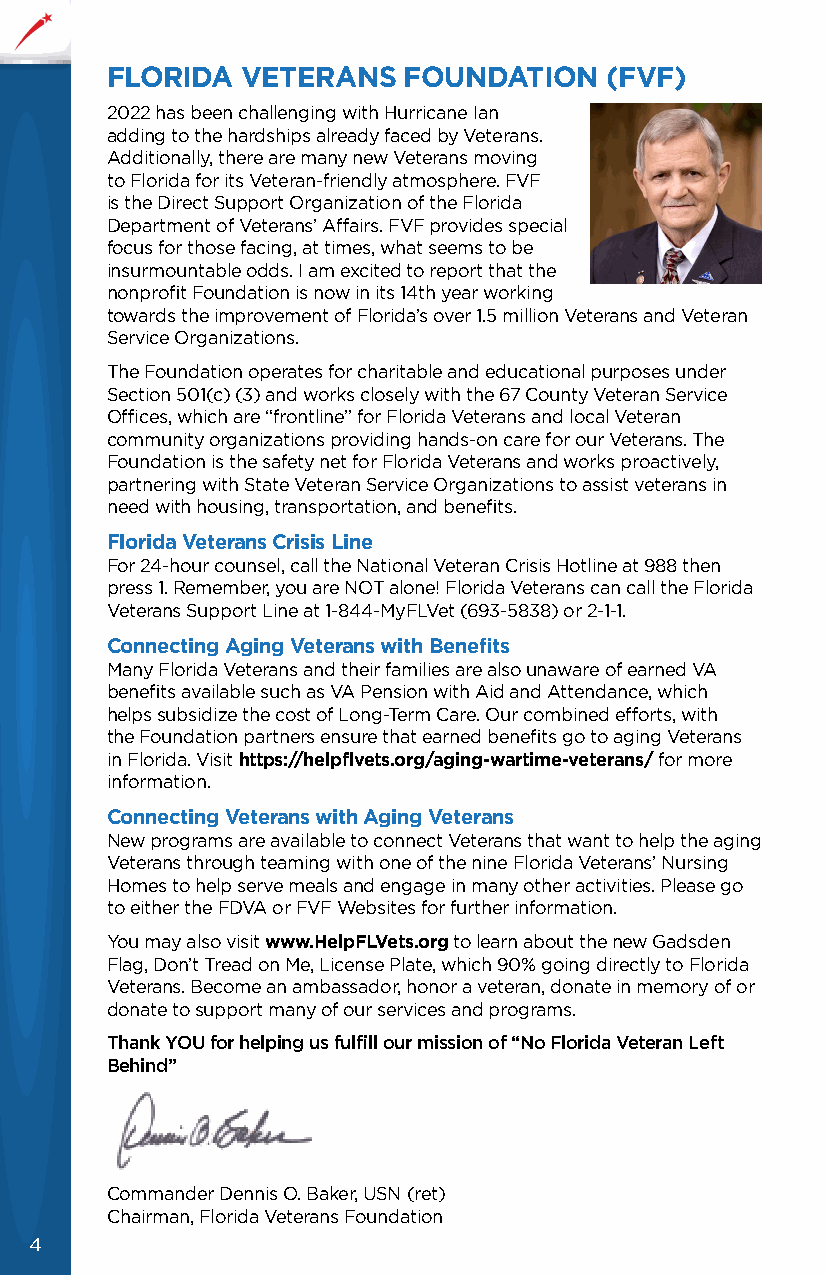
FLORIDA  VETERANS   FOUNDATION   (FVF)
 2022 has been challenging with Hurricane Ian
 adding to the hardships already faced by Veterans.
 Additionally, there are many new Veterans moving
 to Florida for its Veteran-friendly atmosphere. FVF
 is the Direct Support Organization of the Florida
 Department of Veterans’ Affairs. FVF provides special
 focus for those facing, at times, what seems to be
 insurmountable odds. I am excited to report that the
 nonprofit Foundation is now in its 14th year working
 towards the improvement of Florida’s over 1.5 million Veterans and Veteran
 Service Organizations.
 The Foundation operates for charitable and educational purposes under
 Section 501(c) (3) and works closely with the 67 County Veteran Service
 Offices, which are “frontline” for Florida Veterans and local Veteran
 community organizations providing hands-on care for our Veterans. The
 Foundation is the safety net for Florida Veterans and works proactively,
 partnering with State Veteran Service Organizations to assist veterans in
 need with housing, transportation, and benefits.
 Florida Veterans Crisis Line
 For 24-hour counsel, call the National Veteran Crisis Hotline at 988 then
 press 1. Remember, you are NOT alone! Florida Veterans can call the Florida
 Veterans Support Line at 1-844-MyFLVet (693-5838) or 2-1-1.
 Connecting Aging Veterans with Benefits
 Many Florida Veterans and their families are also unaware of earned VA
 benefits available such as VA Pension with Aid and Attendance, which
 helps subsidize the cost of Long-Term Care. Our combined efforts, with
 the Foundation partners ensure that earned benefits go to aging Veterans
 in Florida. Visit https://helpflvets.org/aging-wartime-veterans/ for more
 information.
 Connecting Veterans with Aging Veterans
 New programs are available to connect Veterans that want to help the aging
 Veterans through teaming with one of the nine Florida Veterans’ Nursing
 Homes to help serve meals and engage in many other activities. Please go
 to either the FDVA or FVF Websites for further information.
 You may also visit www.HelpFLVets.org to learn about the new Gadsden
 Flag, Don’t Tread on Me, License Plate, which 90% going directly to Florida
 Veterans. Become an ambassador, honor a veteran, donate in memory of or
 donate to support many of our services and programs.
 Thank YOU for helping us fulfill our mission of “No Florida Veteran Left
 Behind”
 Commander Dennis O. Baker, USN (ret)
 Chairman, Florida Veterans Foundation
 4